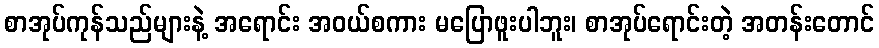
စာအုပ်ကုန်သည်များနဲ့ အရောင်း အဝယ်စကား မပြောဖူးပါဘူး၊ စာအုပ်ရောင်းတဲ့ အတန်းတောင်